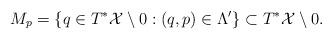
LaTeX: \begin{align*} M_p = \{ q \in T^*\mathcal{X}\setminus 0 : (q, p) \in \Lambda^\prime \} \subset T^*\mathcal{X}\setminus 0.\end{align*}